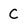
Character: c